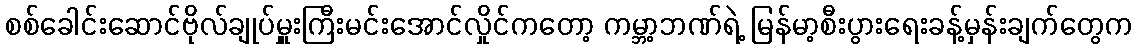
စစ်ခေါင်းဆောင်ဗိုလ်ချုပ်မှူးကြီးမင်းအောင်လှိုင်ကတော့ ကမ္ဘာ့ဘဏ်ရဲ့ မြန်မာ့စီးပွားရေးခန့်မှန်းချက်တွေက